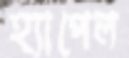
হ্যাপেল